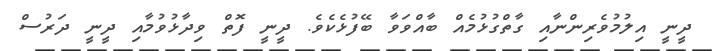
ދީނީ އިލުމުވެރިންނާއި ގާތްގުޅުމެއް ބާއްވަވާ ބޭފުޅެކެވެ. ދީނީ ފޮތް ވިދާޅުވުމާއި ދީނީ ދަރުސް